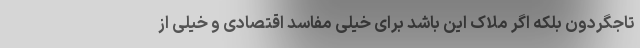
تاجگردون بلکه اگر ملاک این باشد برای خیلی مفاسد اقتصادی و خیلی از